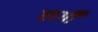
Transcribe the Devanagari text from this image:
लगीँ